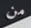
من